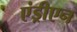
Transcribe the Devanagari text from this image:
एंड्रीएन